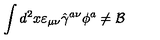
\int d ^ { 2 } x \varepsilon _ { \mu \nu } \hat { \gamma } ^ { a \nu } \phi ^ { a } \neq { \cal B }